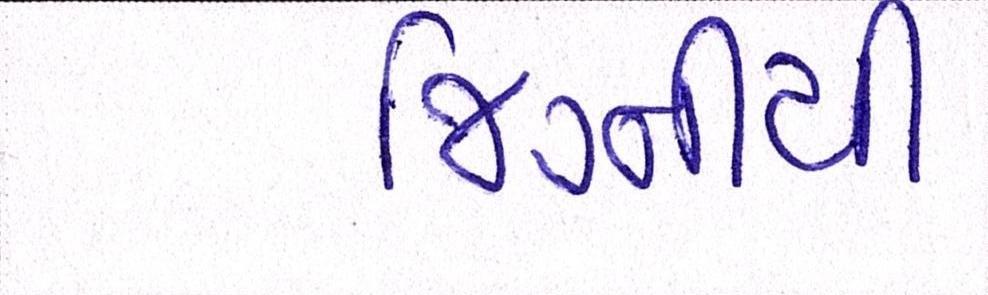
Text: જિગ્નીથી